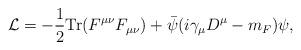
LaTeX: \begin{align*}{\cal L} = - \frac{1}{2} {\rm Tr} (F^{\mu \nu}F_{\mu \nu})+ \bar{\psi} ( i \gamma_{\mu} D^{\mu} - m_F ) \psi ,\end{align*}